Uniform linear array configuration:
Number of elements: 64
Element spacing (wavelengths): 0.75
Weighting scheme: exponential
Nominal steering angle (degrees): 45
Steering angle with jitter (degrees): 46.356
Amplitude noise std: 0.05
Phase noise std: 0.05

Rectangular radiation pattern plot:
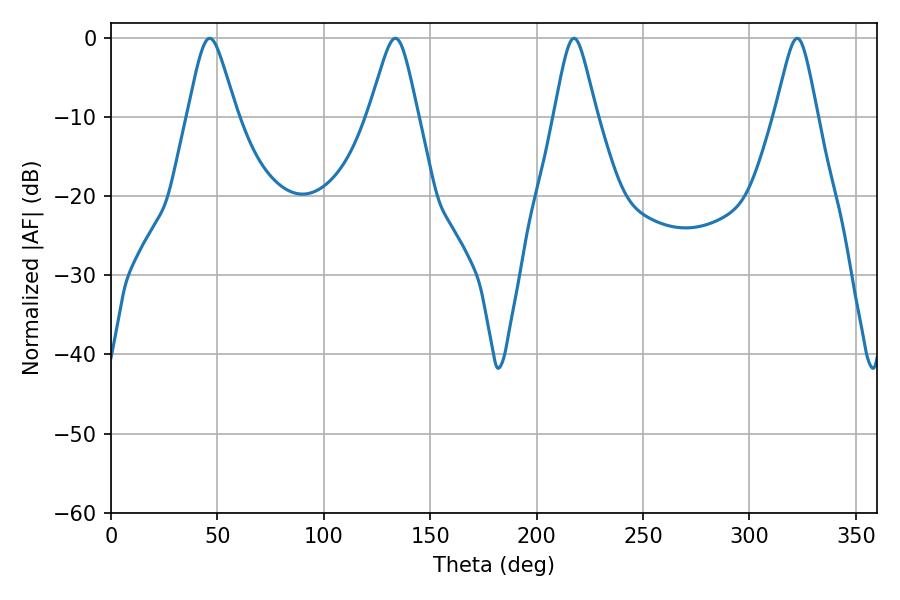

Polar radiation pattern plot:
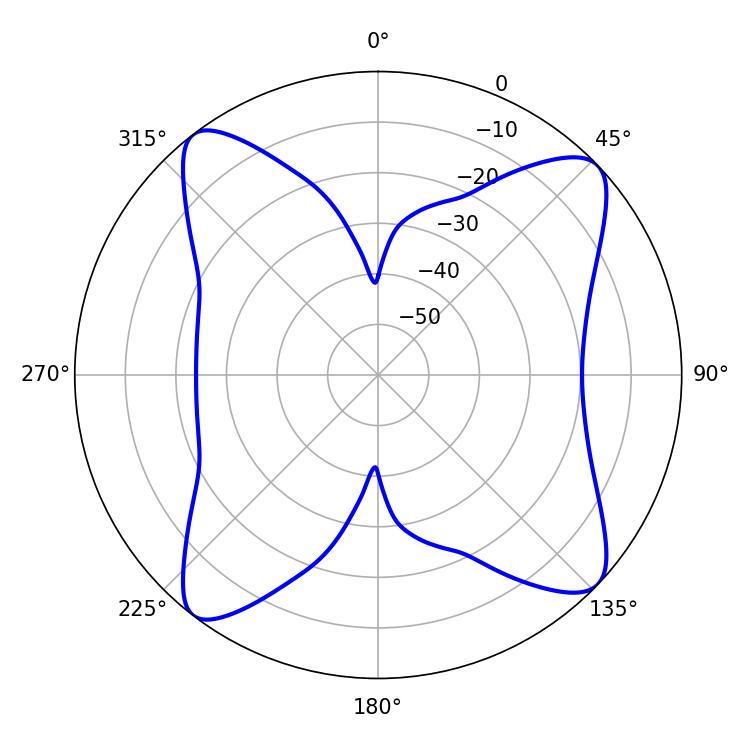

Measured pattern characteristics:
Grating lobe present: TRUE
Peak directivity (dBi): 13.075
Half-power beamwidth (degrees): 11.16
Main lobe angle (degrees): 46.44